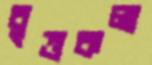
বৃত্তকলা